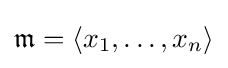
{\mathfrak {m}}=\langle x_{1},\ldots ,x_{n}\rangle